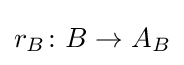
r_{B}\colon B\to A_{B}